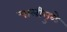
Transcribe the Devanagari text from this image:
चालीमुळे